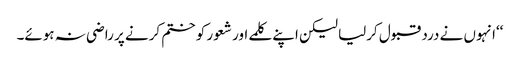
‘‘انہوں نے درد قبول کرلیا لیکن اپنے کلمے اور شعور کو ختم کرنے پر راضی نہ ہوئے۔